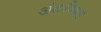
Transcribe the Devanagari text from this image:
अंतःविवाह